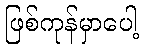
ဖြစ်ကုန်မှာပေါ့